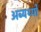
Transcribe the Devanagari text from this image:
अब्यर्थ्यों